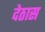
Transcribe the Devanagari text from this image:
देठास